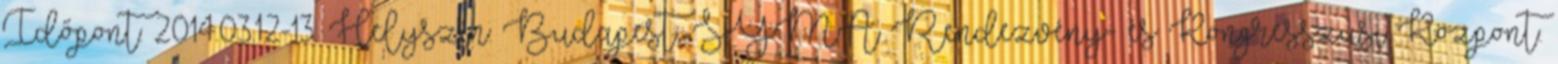
Időpont: 2014.03.12-13. Helyszín: Budapest, SYMA Rendezvény- és Kongresszusi Központ.